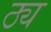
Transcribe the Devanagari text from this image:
ठ्य